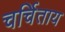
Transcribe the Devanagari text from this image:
चर्चिताय